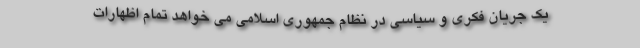
یک جریان فکری و سیاسی در نظام جمهوری اسلامی می خواهد تمام اظهارات